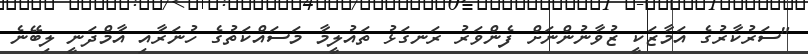
"ސަރުކާރުގެ އަމާޒަކީ ޒުވާނުންނަށް ފެންވަރު ރަނގަޅު ތައުލީމާ މަސަައްކަތުގެ ހުނަރާއި އާމްދަނީ ލިބޭނެ